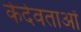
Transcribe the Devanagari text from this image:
केदेवताओं